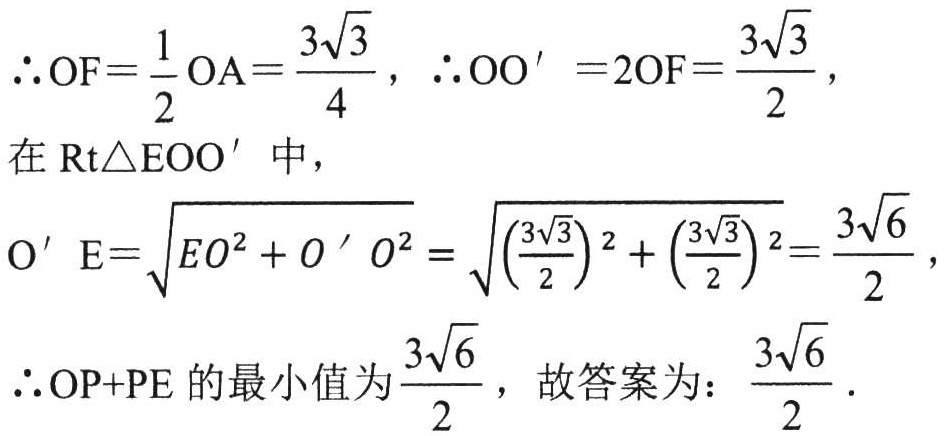
\(\therefore OF=\frac{1}{2}OA=\frac{3\sqrt{3}}{4}\)，\(\therefore OO' = 2OF=\frac{3\sqrt{3}}{2}\)，
在\(Rt\triangle EOO'\)中，
\(O'E=\sqrt{EO^{2}+O'O^{2}}=\sqrt{(\frac{3\sqrt{3}}{2})^{2}+(\frac{3\sqrt{3}}{2})^{2}}=\frac{3\sqrt{6}}{2}\)，
\(\therefore OP + PE\)的最小值为\(\frac{3\sqrt{6}}{2}\)，故答案为：\(\frac{3\sqrt{6}}{2}\)．